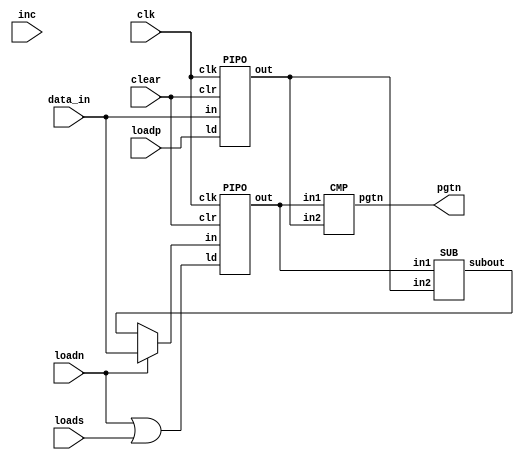
module div_datapath (pgtn,loadn,loads,loadp,clear,inc,data_in, clk);
  input [15:0] data_in;
  input clear,loadn,loads,loadp,inc,clk;
  output pgtn;
  wire [15:0] nw,pw,subout,q,bus;
  assign bus = loadn ?  data_in : subout;
  assign ld = loadn | loads  ;
  PIPO A(nw,bus,ld,clk,clear);
  PIPO B(pw,data_in,loadp,clk,clear);
  	CMP C(pgtn,nw,pw);
  	SUB D(subout,nw,pw);
  CNT E(q,clear,inc,clk);
endmodule    
    module PIPO(out,in,ld,clk,clr);
    input [15:0] in;
    input ld,clk,clr;
    output reg [15:0] out;
    always@(posedge clk)
      if (clr)
        out <= 0;
    else if(ld)
        out <= in;
  endmodule
module CNT(q,clr,inc,clk);
  input inc,clk,clr;
  output reg [15:0] q;
  always@(posedge clk)
    if (clr)
      q <= 0;
  else if(inc)
      q <= q + 1;
endmodule
  module CMP(pgtn,in1,in2);
    input [15:0] in1 , in2;
    output pgtn;
    assign pgtn = (in1 < in2);
  endmodule
  module SUB(subout,in1,in2);
    input [15:0] in1,in2;
    output reg [15:0] subout;
    always@(*)
      subout = in1 - in2;
  endmodule
module div_ctrlpath (loadn, loadp, loads,clear, inc, stop, clk, pgtn, start);   
  input pgtn,start,clk;
  output reg loadn,loadp,loads,clear,inc,stop;
  reg [2:0] state;
  parameter s0 =3'b000 ,s1=3'b001,s2=3'b010,s3=3'b011,s4=3'b100;
  always@(posedge clk)
    case(state)
      s0:if(start)
        state<=s1;
      s1:state<=s2;
      s2:if(pgtn)
         state<=s4;
        else
          state<=s3;
      s3:#2 if(pgtn)
         state<=s4;
        else
          state<=s3;
      s4:state<=s4;
      default:state<=s0;
    endcase
  always@(state)
    case(state)
      s0:begin
        loadn=0;loadp=0;loads=0;clear=1;inc=0;stop=0;
      	end
      s1:begin
        loadn=1;clear=0;
      end
      s2:begin
        loadp=1;loadn=0;
      end
      s3:begin
         inc=1;
         loadp=0;
         loads=1;
         end
       s4:begin
         inc=0;
         loads=0;
         stop=1;
       end
      default:begin
        loadn=0;loadp=0;loads=0;clear=1;inc=0;
      	end
    endcase
endmodule